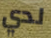
لدي